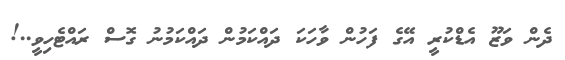
ދެން ވަޒޫ އެޑްކުރީ އޭގެ ފަހުން ވާހަކަ ދައްކަމުން ދައްކަމުނު ގޮސް ރައްޓެހިވީ..!